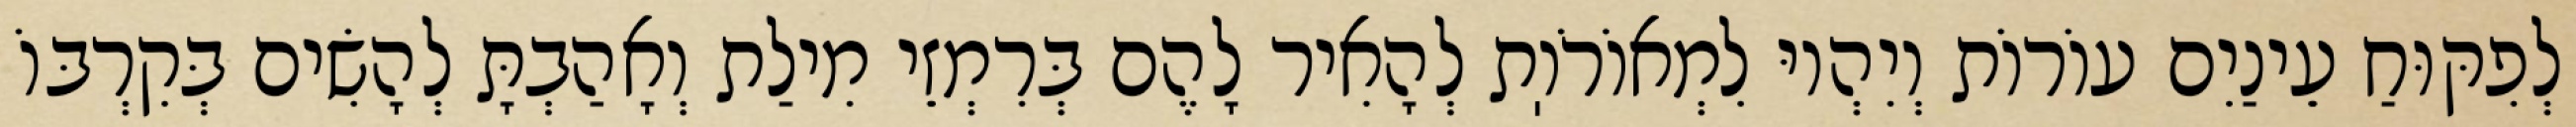
לְפִקּוּחַ עֵינַיִם עוֹרוֹת וְיִהְיוּ לִמְאוֹרֹוֽת לְהָאִיר לָהֶם בְּרִמְזֵי מִילַת וְאָהַבְתָּ לְהָשִׂים בְּקִרְבּוֹ